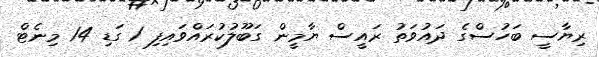
ރިޔާސީ ބަހުސްގެ ދައުވަތު ރައީސް ޔާމީން ގަބޫލުކުރައްވައިފި 1 ގަޑި 14 މިނެޓް